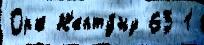
Орк Н'епту́ну 65 1